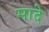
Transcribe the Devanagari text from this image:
मादे